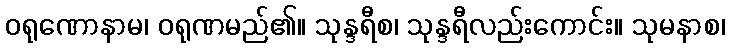
ဝရုဏောနာမ၊ ဝရုဏမည်၏။ သုန္ဒရီစ၊ သုန္ဒရီလည်းကောင်း။ သုမနာစ၊